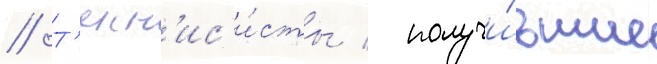
// Т'енн'ис'и́сты / получи́вшие